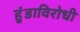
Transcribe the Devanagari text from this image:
हुंडाविरोधी